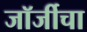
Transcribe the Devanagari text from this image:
जॉर्जीचा